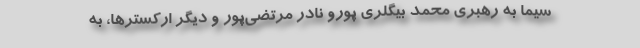
سیما به رهبری محمد بیگلری پورو نادر مرتضی‌پور و دیگر ارکسترها، به